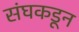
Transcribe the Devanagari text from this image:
संघकडून